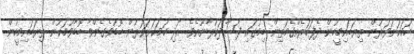
ހަމަކަށަވަރުން ތިޔަބައިމީހުން ދެފަހަރެއްގެމަތިން ބިމުގައި ފަސާދަކުރާނޫއެވެ. އަދި ހަމަކަށަވަރުން ބޮޑުވެގެންވާ ބޮޑާވުމަކުން ތިޔަބައިމީހުން